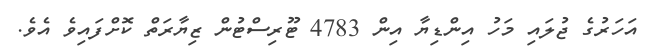
އަހަރުގެ ޖުލައި މަހު އިންޑިޔާ އިން 4783 ޓޫރިސްޓުން ޒިޔާރަތް ކޮށްފައިވެ އެވެ.